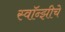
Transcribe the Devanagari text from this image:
स्वॉन्झीचे